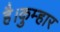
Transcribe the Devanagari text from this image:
है।कुम्हार